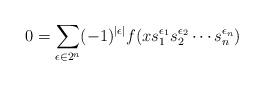
LaTeX: \begin{align*}0=\sum_{\epsilon\in 2^n} (-1)^{|\epsilon|}f(xs_1^{\epsilon_1}s_2^{\epsilon_2}\cdots s_n^{\epsilon_n})\end{align*}